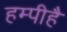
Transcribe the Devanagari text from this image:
हम्पीहै